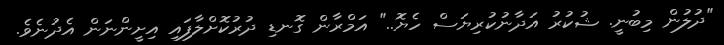
"ދުލުން މިބުނީ. ޝުކުރު އަދާނުކުރިޔަސް ހެޔޮ.." އަމްރާން ގޮނޑި ދުރުކޮށްލާފައި އިށީންނަން އެދުނެވެ.